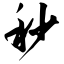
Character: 秒